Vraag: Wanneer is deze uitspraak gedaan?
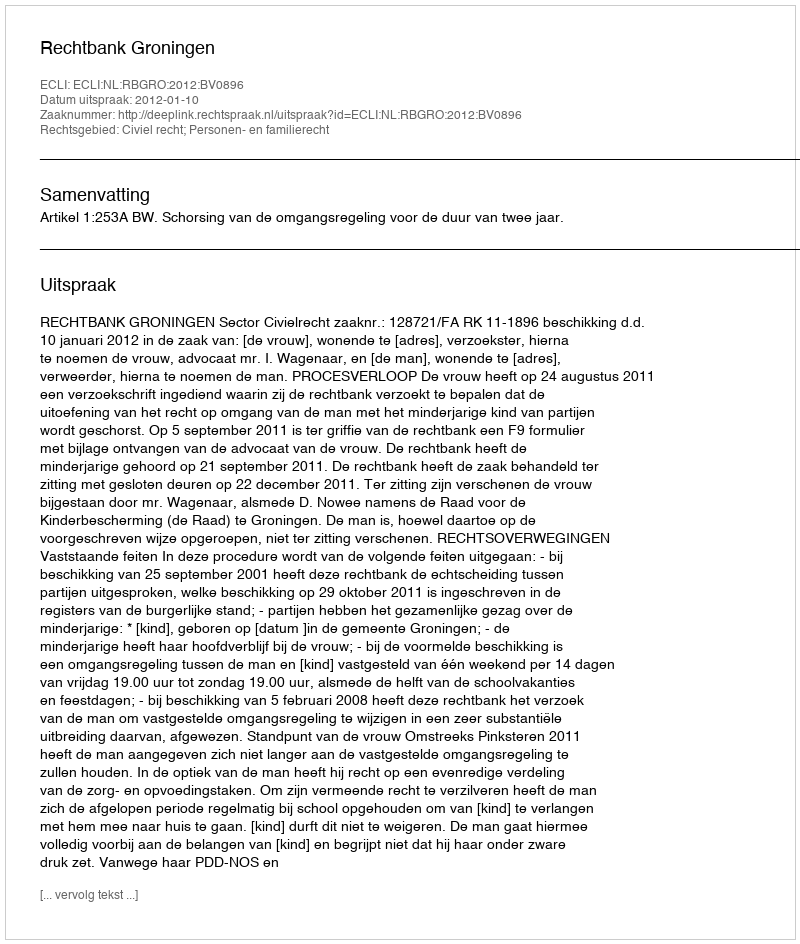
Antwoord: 2012-01-10